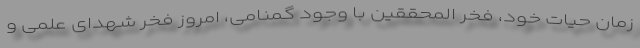
زمان حیات خود، فخر المحققین با وجود گمنامی، امروز فخر شهدای علمی و